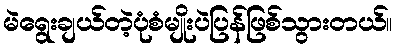
မဲရွေးချယ်တဲ့ပုံစံမျိုးပဲပြန်ဖြစ်သွားတယ်။